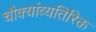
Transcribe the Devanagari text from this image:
चौक्यांव्यतिरिक्त